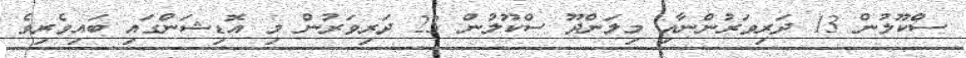
ސްކޫލުން 13 ދަރިވަރުންނާއި މިލަންދޫ ސްކޫލުން 23 ދަރިވަރުން މި އޮޑިޝަންގައި ބައިވެރިވެ